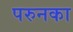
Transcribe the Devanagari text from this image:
परुनका